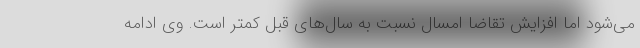
می‌شود اما افزایش تقاضا امسال نسبت به سال‌های قبل کمتر است. وی ادامه